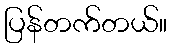
ပြန်တက်တယ်။